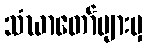
သံဃာတော်များမှ